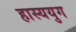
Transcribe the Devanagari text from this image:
हास्ययुग